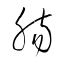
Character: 腸